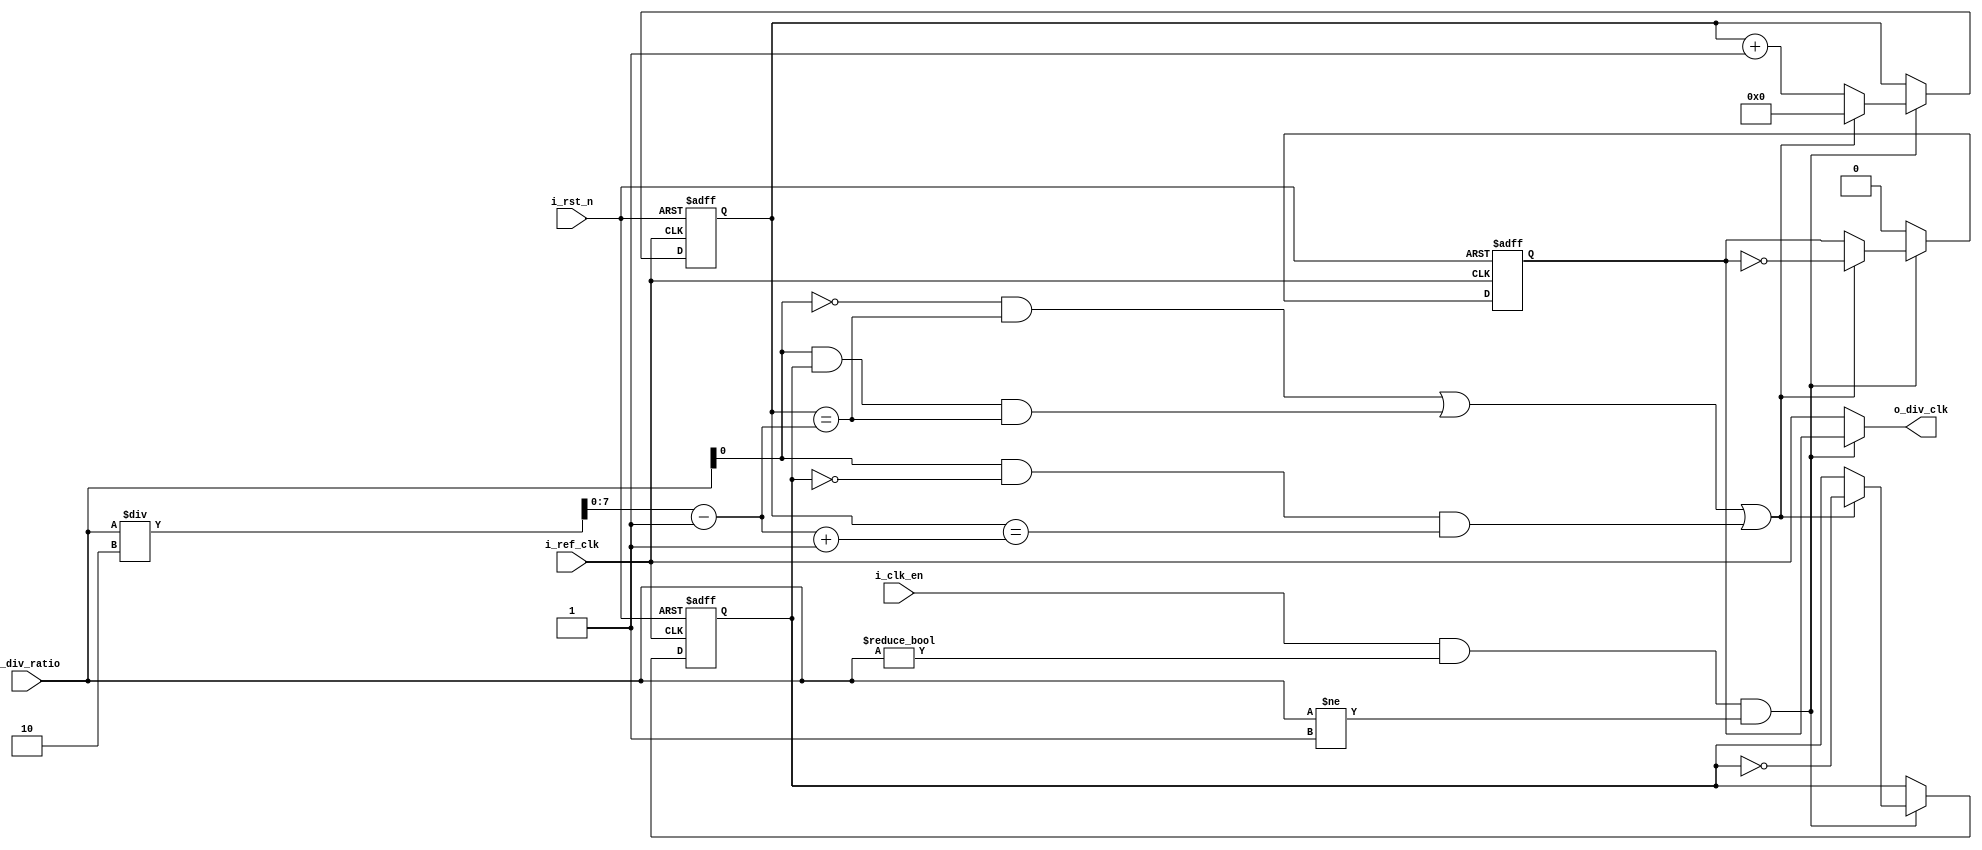
module  ClkDiv   #( parameter RATIO_WIDTH = 8 )
  ( input   wire                    i_ref_clk     ,
    input   wire                    i_rst_n       ,
    input   wire                    i_clk_en      ,
    input   wire  [RATIO_WIDTH-1:0] i_div_ratio   ,
    output  reg                     o_div_clk     );
                  
  reg   flag;                       // for non-50% duty cycle in case of odd ratio
  reg   div_clk;
  reg   [RATIO_WIDTH-1:0] counter;
  
  wire  [RATIO_WIDTH-1:0] half; 
  wire  CLK_DIV_EN;                 // the actual enable signal for the divider      
  wire  odd;                        // defining the type of the ratio
  wire  even_toggle;                // condition when the even ratio toggles 
  wire  odd_toggle_high;            // condition when the odd ratio toggles HL
  wire  odd_toggle_low;             // condition when the odd ratio toggles LH
  wire  toggling_conditions;        // conditions of toggeling combined
  
  
  // generating for ratio = 0 or 1
  always @(*)
  begin
    if(CLK_DIV_EN)
      o_div_clk = div_clk;
    else
      o_div_clk = i_ref_clk;
  end

  // sequential always block
  always @(posedge i_ref_clk, negedge i_rst_n)
  begin
    // reset state
    if(!i_rst_n)  begin
        div_clk <= 0;
        counter <= 0;
        flag    <= 0;
      end
    // enabled state
    else if(CLK_DIV_EN)
      begin
          if(toggling_conditions)
        	   begin
              div_clk <= ~div_clk;
              flag    <= ~flag;
              counter <= 'b0;
            end     
          else
            begin
              counter <= counter+1'b1;
            end
      end
    
     // not enabled state
    else
    begin
      div_clk <= 'b0;
    end 
  end
  
// corner case resolve
  assign CLK_DIV_EN = (i_clk_en            &&        // if clock divider is enabled
                      (i_div_ratio != 'b0) &&        // if the divider ratio not equal zero
                      (i_div_ratio != 'b1)    );     // if the divider ratio not equal one
                      
// whether the ratio odd or even
  assign  odd  = (i_div_ratio[0]);
  
// whether the counter reaches half of the ratio
  assign  half = (i_div_ratio/2) - 'b1;
  
  assign even_toggle          = (!odd) && (counter == half);
  assign odd_toggle_high      = (odd)  && (flag)  && (counter == half);
  assign odd_toggle_low       = (odd)  && (!flag) &&( counter == (half+'b1));
  assign toggling_conditions  = even_toggle || odd_toggle_high || odd_toggle_low;
  
endmodule